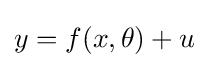
y=f(x,\theta )+u